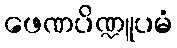
ဖေဏပိဏ္ဍူပမံ